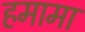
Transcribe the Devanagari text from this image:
हमामा